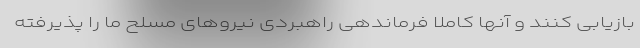
بازیابی کنند و آنها کاملا فرماندهی راهبردی نیروهای مسلح ما را پذیرفته